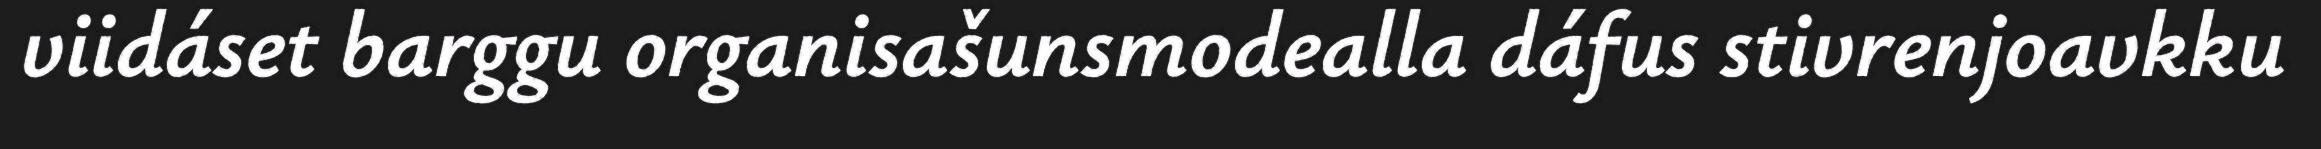
viidáset barggu organisašunsmodealla dáfus stivrenjoavkku